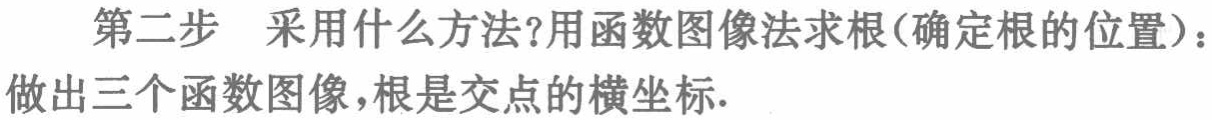
第二步 采用什么方法?用函数图像法求根(确定根的位置)：做出三个函数图像，根是交点的横坐标.